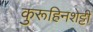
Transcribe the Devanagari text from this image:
कुरूहिनशेट्टी